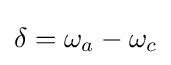
\delta =\omega _{a}-\omega _{c}